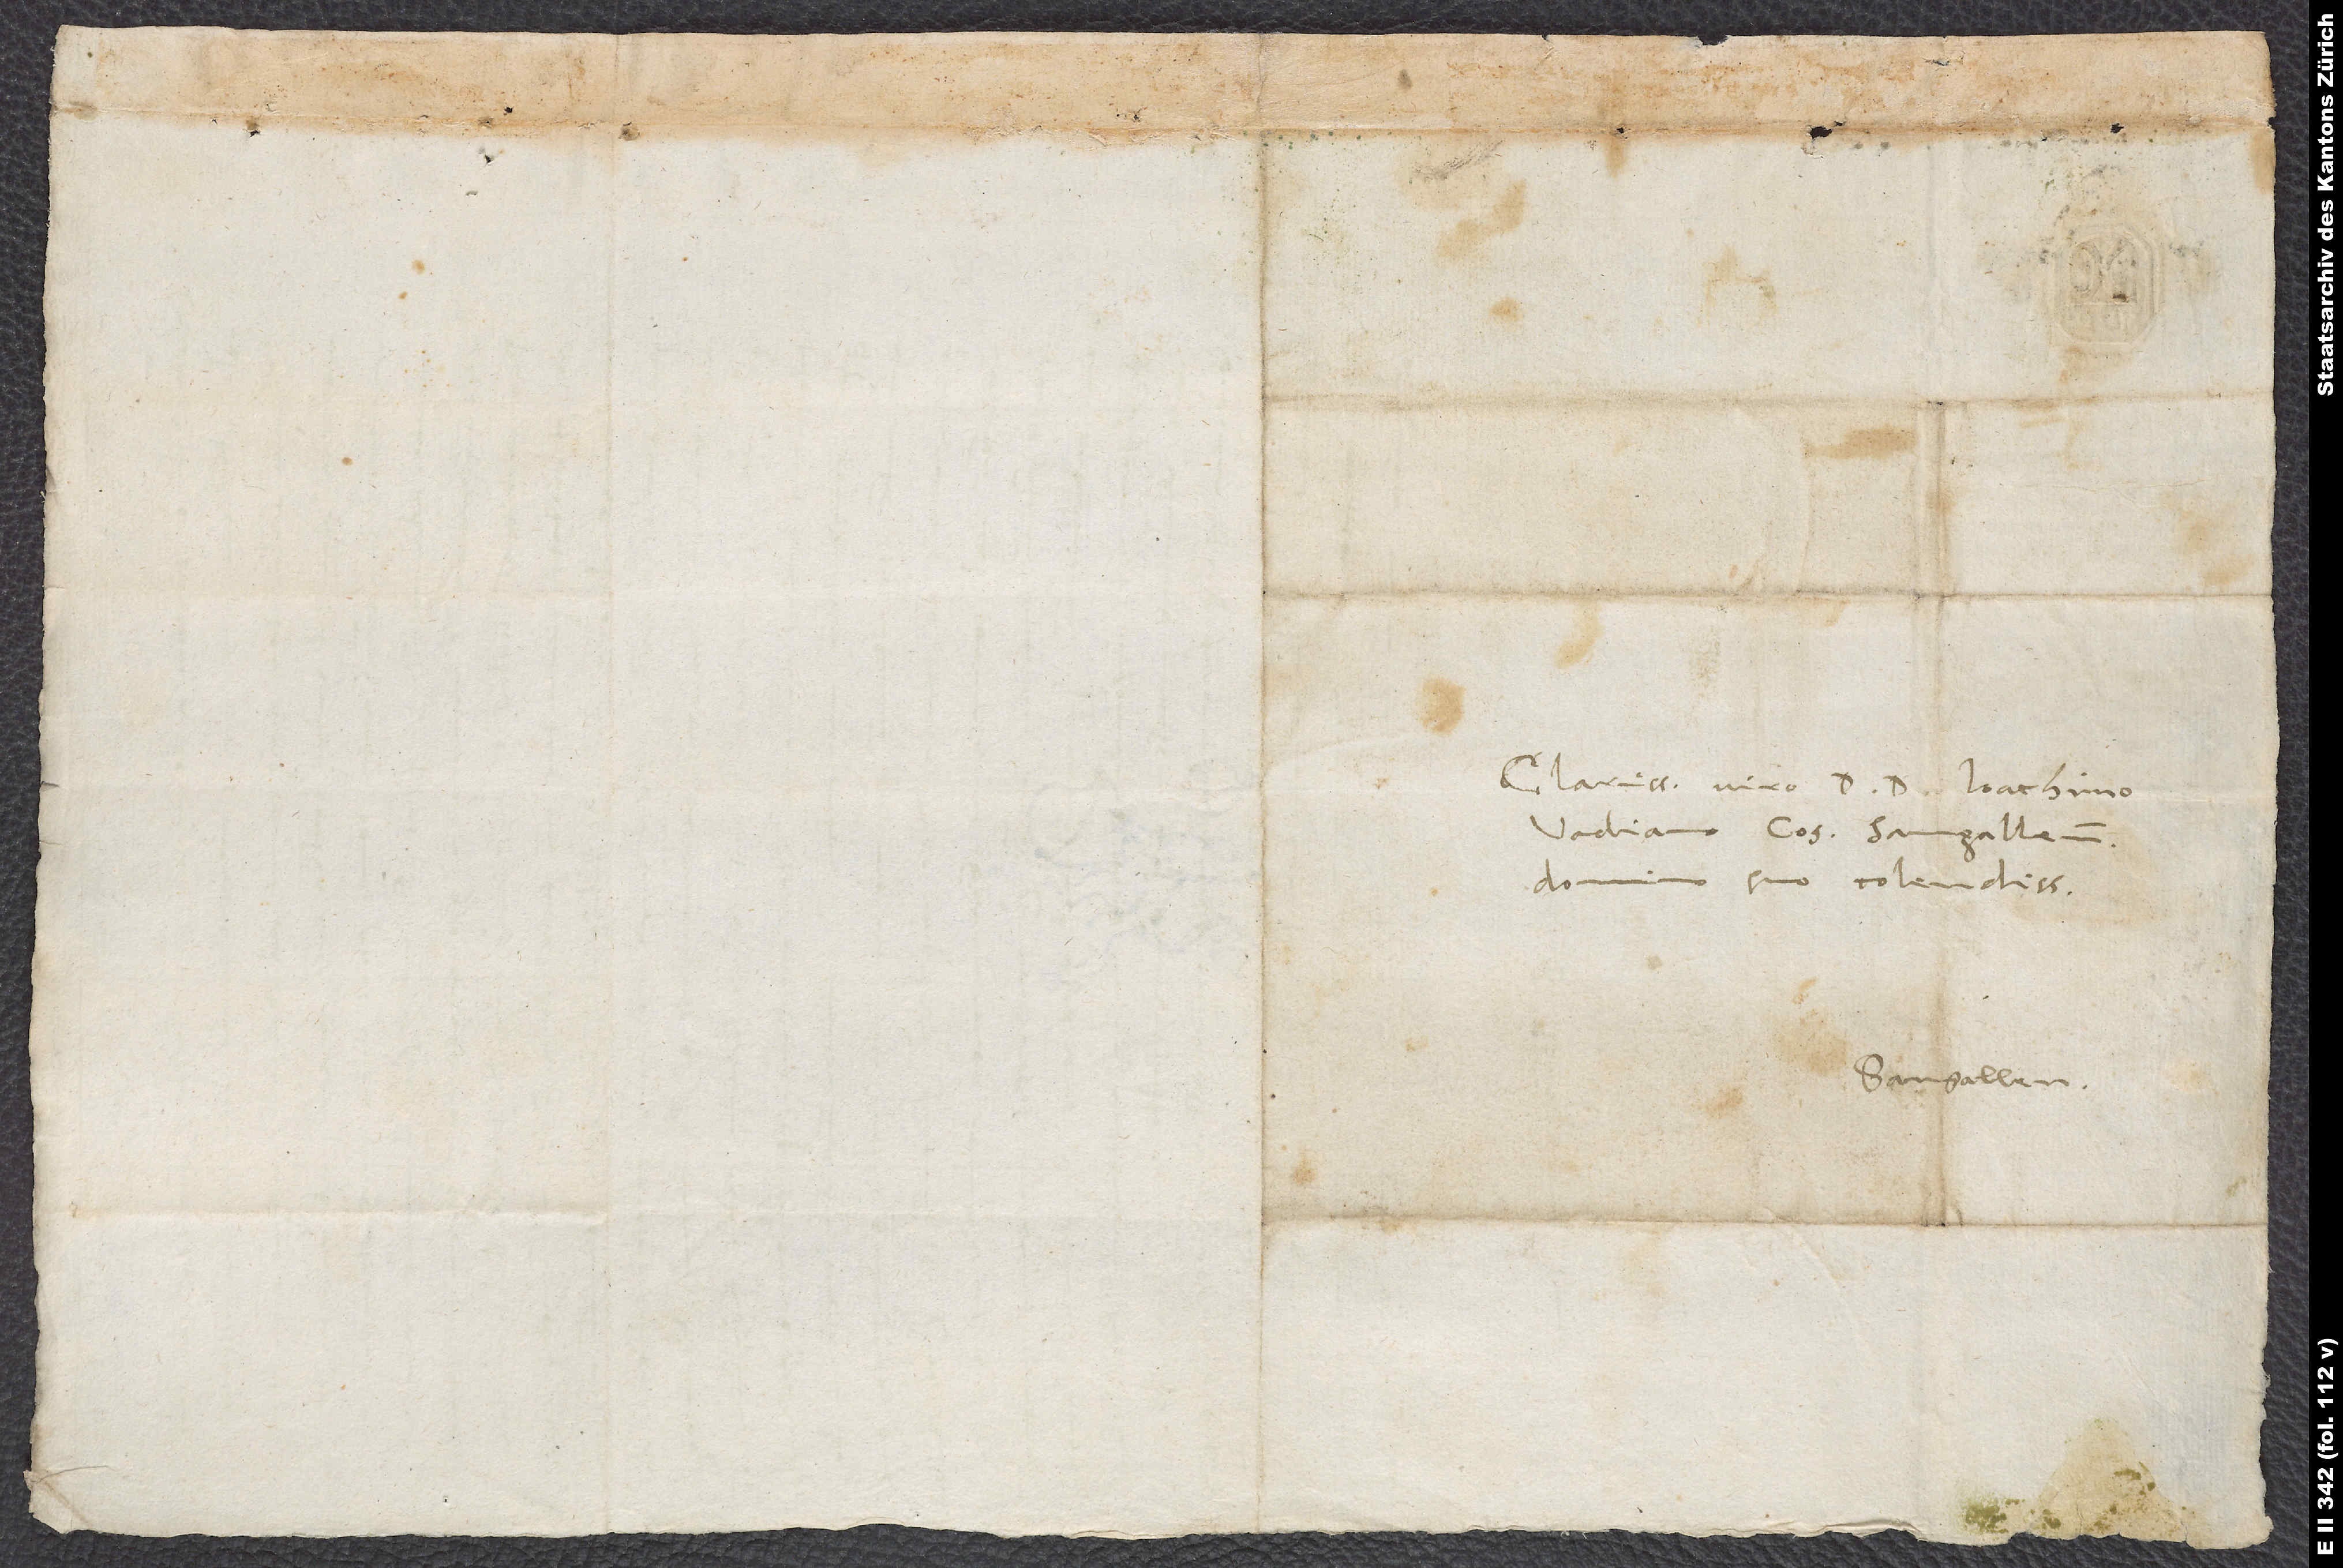
Clarissimo viro D. D. Ioachimo
Vadiano, consuli Sangallensi,
domino suo colendissimo.